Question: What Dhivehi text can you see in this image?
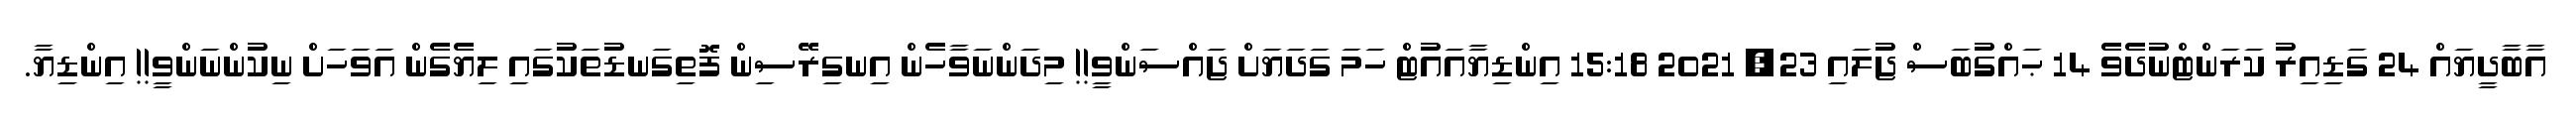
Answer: އާބާދީޔައް 24 ގަޑިއިރު ކަރަންޓްނުދެވެ 14 ޙައްގުބަސް ޖުލައި 23, 2021 15:18 އިންޑިޔާއައުޓް ހަމަ ގަދަޔަށް ޖައްސަންވީ!! މިދަންނަވާހެން އިނގިރޭސިން ފޮތިގަނޑުތަކުގައި ލިޔެގެން އަވަހަށް ނިކުންނަންވީ!! އިންޑިިޔާ.